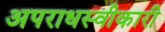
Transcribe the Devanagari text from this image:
अपराधस्वीकारी